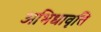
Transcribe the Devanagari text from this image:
अभिधावृत्ति